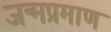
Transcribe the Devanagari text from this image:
जन्मप्रमाण